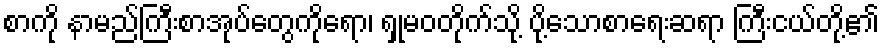
စာကို နာမည်ကြီးစာအုပ်တွေကိုရော၊ ရှုမဝတိုက်သို့ ပို့သောစာရေးဆရာ ကြီးငယ်တို့၏